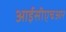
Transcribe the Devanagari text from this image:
आईसीएचआर